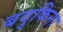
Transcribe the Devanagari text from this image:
बदुकिना